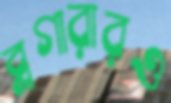
ব্লগারারও